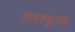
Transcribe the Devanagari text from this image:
हायस्कूलचा